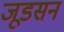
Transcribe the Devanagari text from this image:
जूडसन